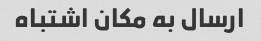
ارسال به مکان اشتباه